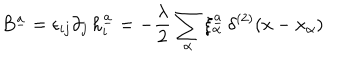
LaTeX: B ^ { \underline { { { a } } } } = \epsilon _ { i j } \partial _ { j } \, h _ { i } ^ { \underline { { { a } } } } = - { \frac { \lambda } { 2 } } \sum _ { \alpha } \xi _ { \alpha } ^ { \underline { { { a } } } } \, \delta ^ { ( 2 ) } ( x - x _ { \alpha } )